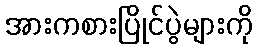
အားကစားပြိုင်ပွဲများကို